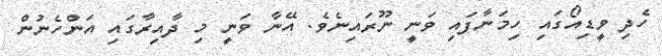
ހެދި ވީޑިއޯގައި ހިމަނާފައި ވަނީ ނޫރައިނެވެ. އޭނާ ވަނީ މި ދާއިރާގައި އަންހެނުން